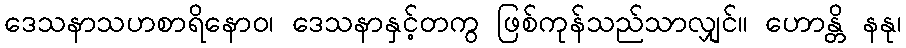
ဒေသနာသဟစာရိနောဝ၊ ဒေသနာနှင့်တကွ ဖြစ်ကုန်သည်သာလျှင်။ ဟောန္တိ နနု၊